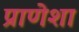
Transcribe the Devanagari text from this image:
प्राणेशा